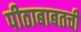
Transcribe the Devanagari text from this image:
पीठाबाबतची